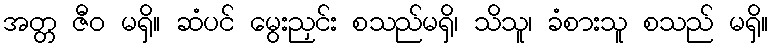
အတ္တ ဇီဝ မရှိ။ ဆံပင် မွေးညှင်း စသည်မရှိ၊ သိသူ၊ ခံစားသူ စသည် မရှိ။